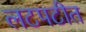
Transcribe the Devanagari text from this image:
लटपटीत